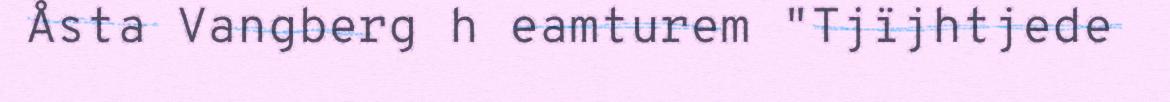
Åsta Vangberg h eamturem "Tjïjhtjede